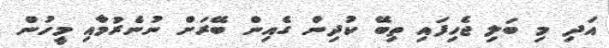
އަދި މި ބަލި ޖެހިފައި ތިބޭ ކުދިން ގެއިން ބޭރަށް ނުނެރުމާއި މީހުން